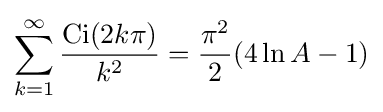
\sum _{k=1}^{\infty }{\frac {{\text{Ci}}(2k\pi )}{k^{2}}}={\frac {\pi ^{2}}{2}}(4\ln A-1)